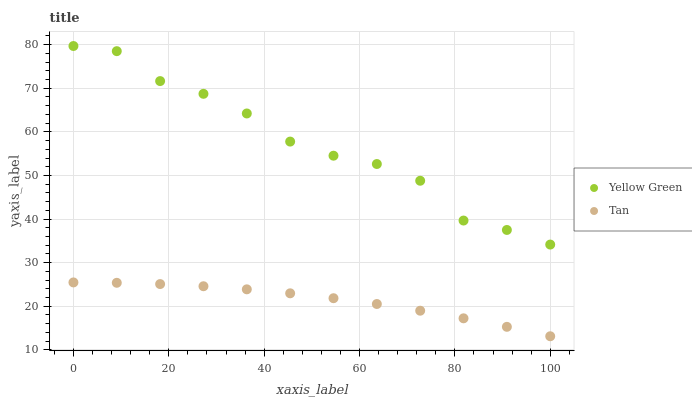
| xaxis_label | Yellow Green | Tan |
 | --- | --- | --- |
 | 0 | 79.7 | 25.5 |
 | 9.09 | 78.5 | 25.4 |
 | 18.2 | 71.6 | 25.1 |
 | 27.3 | 68.7 | 24.6 |
 | 36.4 | 64.2 | 23.9 |
 | 45.5 | 57.8 | 23 |
 | 54.5 | 54.5 | 21.8 |
 | 63.6 | 52.6 | 20.5 |
 | 72.7 | 48.8 | 19 |
 | 81.8 | 39.7 | 17.2 |
 | 90.9 | 37.5 | 15.3 |
 | 100 | 34.1 | 13.1 |